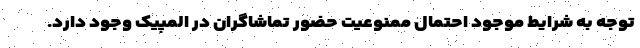
توجه به شرایط موجود احتمال ممنوعیت حضور تماشاگران در المپیک وجود دارد.